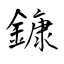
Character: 鏮